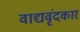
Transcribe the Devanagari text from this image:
वाद्यवृंदकार